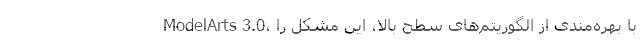
ModelArts 3.0، با بهره‌مندی از الگوریتم‌های سطح بالا، این مشکل را